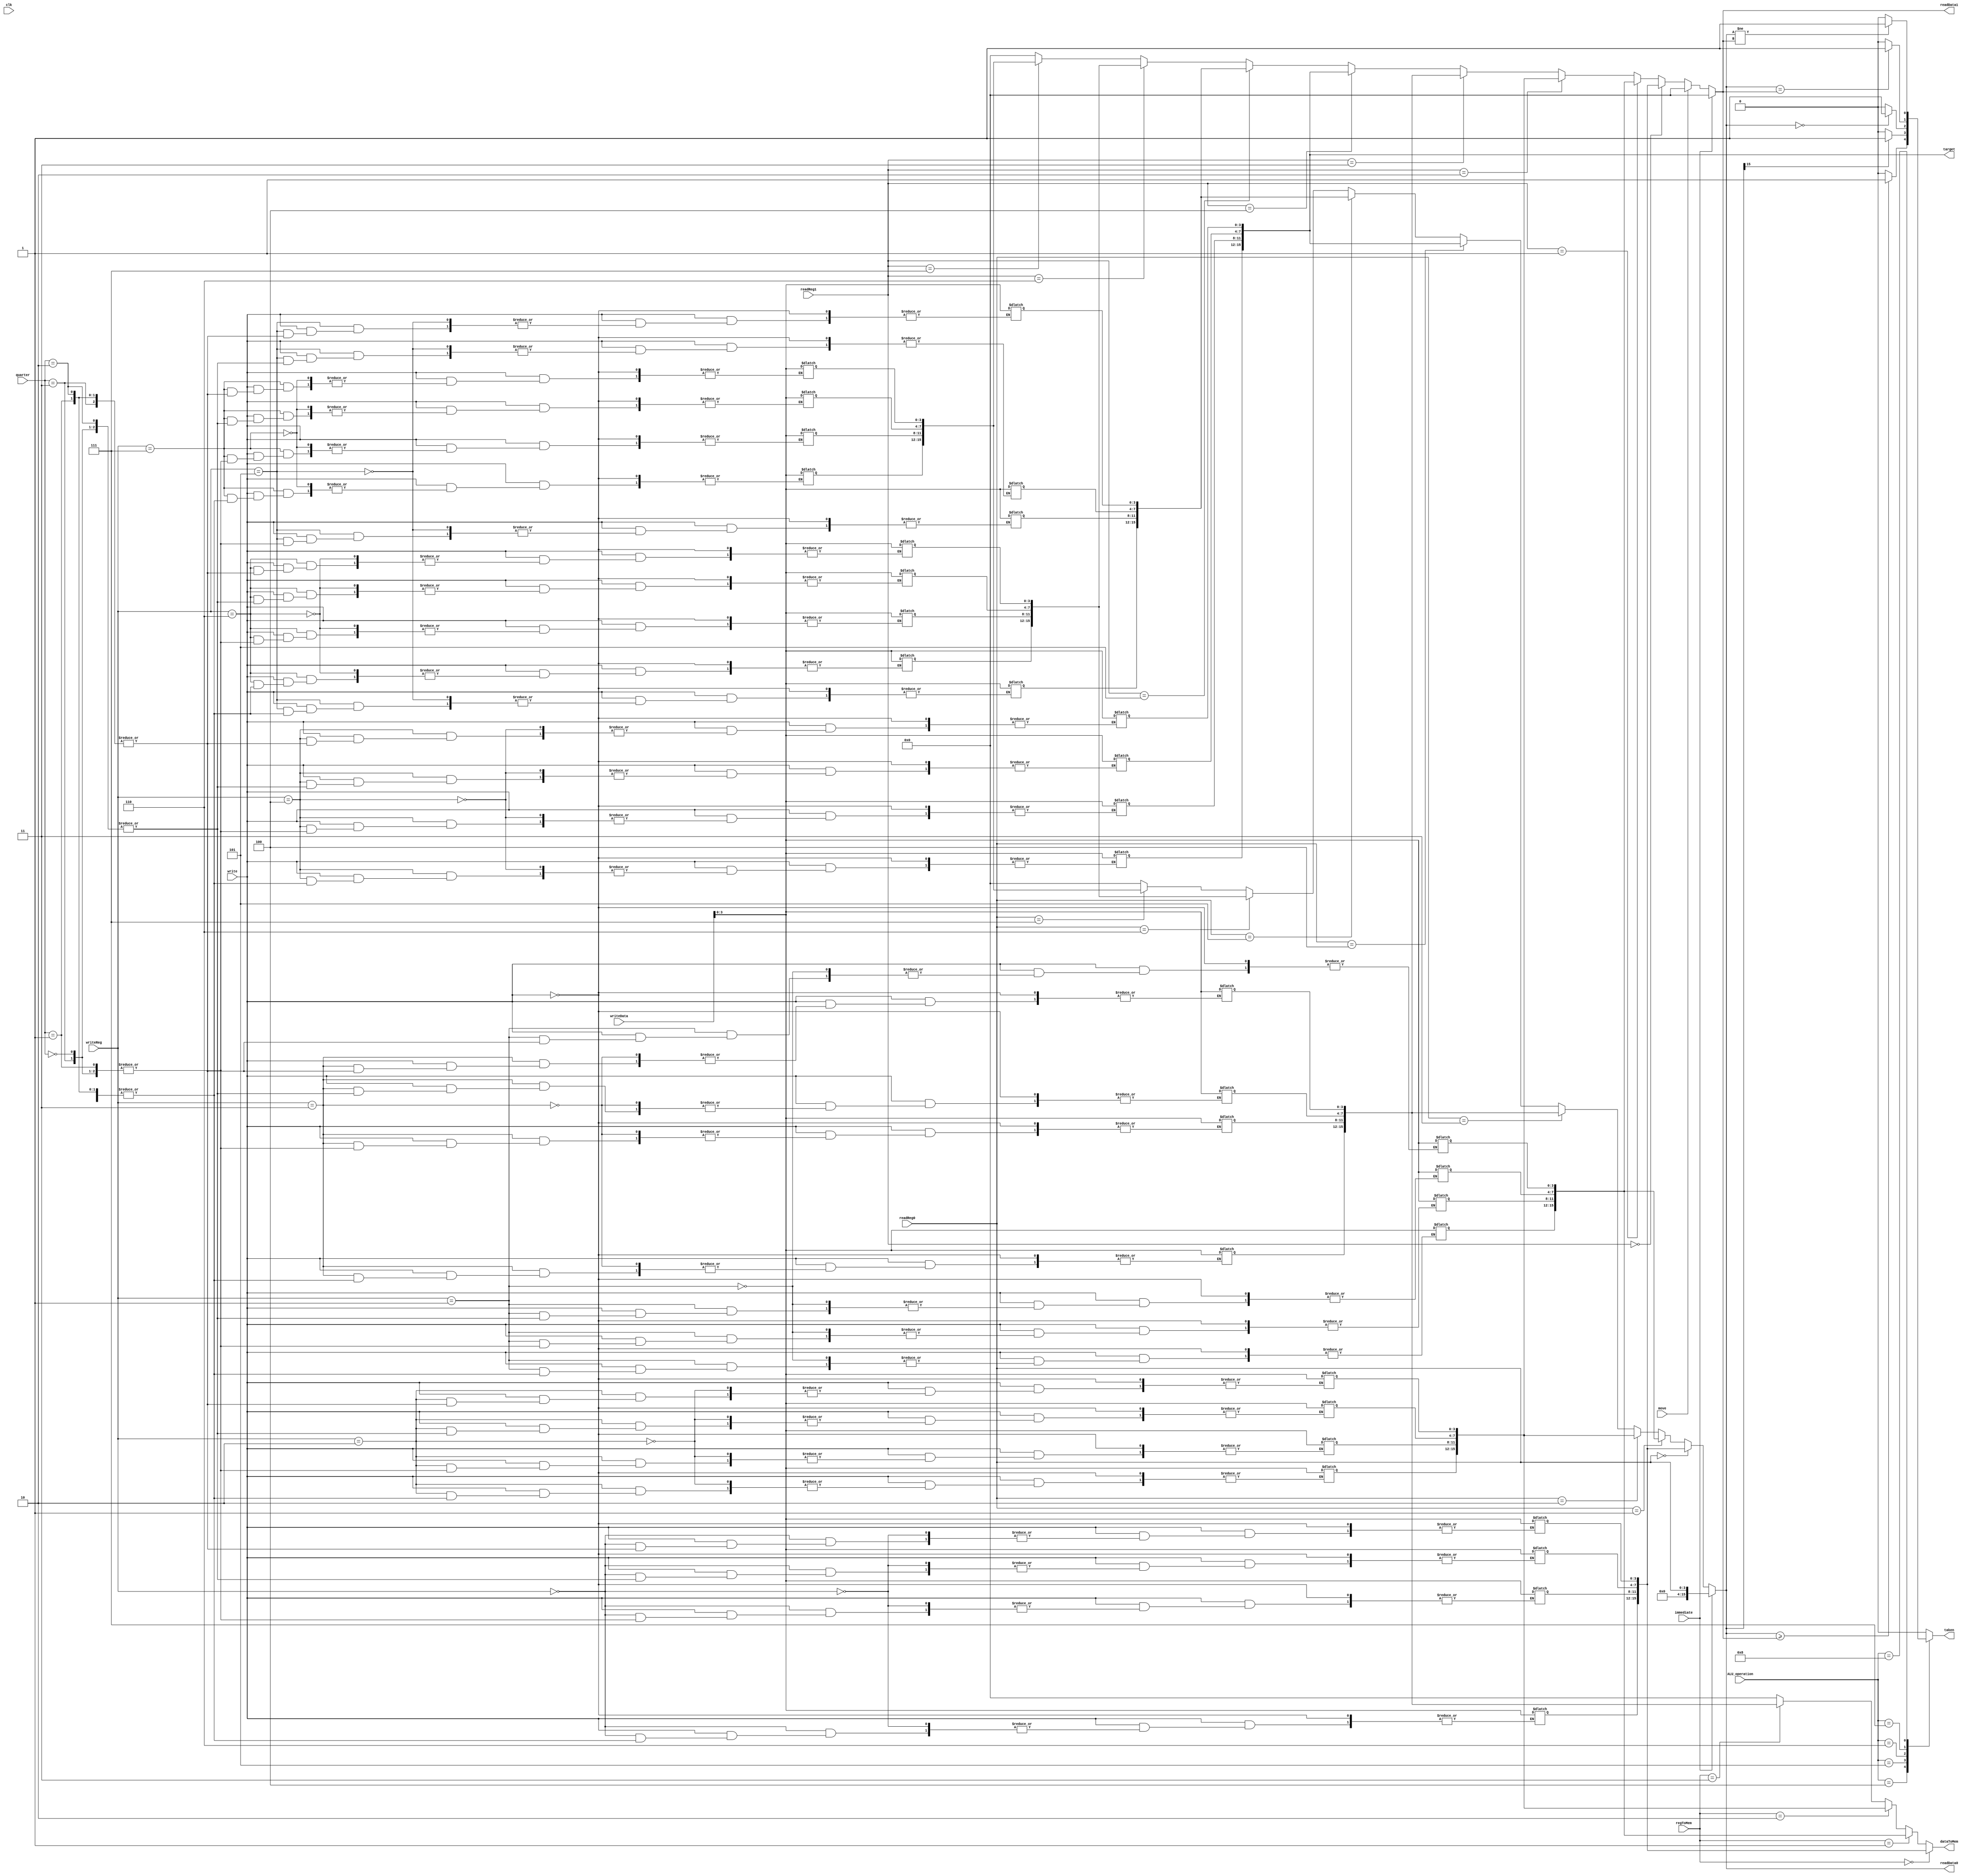
`timescale 1ns / 1ps
module Regfile
(input clk,
 input write,
 input [4:0] writeReg,
 input [15:0] writeData,
 input [3:0] readReg0,
 output [15:0] readData0,
 input [3:0] readReg1,
 output [15:0] readData1,
 input [1:0] regToMem,
 output [15:0] dataToMem,
 input move,
 input immediate,
 output [15:0] target,
 input [1:0] quarter,
 input [3:0]ALU_operation,
 output taken
 );
 
 reg[15:0] reg0=0, reg1=0, reg2=0, reg3=0, adr=0, math=0, cmp=0, cnt=0, _writeData=0, _writeReg=0;
 reg _taken;

 
 
 assign readData0 = immediate == 1 ? readReg0 :
						  readReg0 == 0 ? reg0 :
						  readReg0 == 1 ? reg1 :
						  readReg0 == 2 ? reg2 :
						  readReg0 == 3 ? reg3 :
						  readReg0 == 4 ? adr  :
						  readReg0 == 5 ? math :
						  readReg0 == 6 ? cmp  :
						  readReg0 == 7 ? cnt  : 0;
 
 assign readData1 = immediate== 1 ? 0    :
						  move	  == 1 ? 0    :
						  readReg1 == 0 ? reg0 :
						  readReg1 == 1 ? reg1 :
						  readReg1 == 2 ? reg2 :
						  readReg1 == 3 ? reg3 :
						  readReg1 == 4 ? adr  :
						  readReg1 == 5 ? math :
						  readReg1 == 6 ? cmp  :
						  readReg1 == 7 ? cnt  : 0;	
						  
assign dataToMem =  regToMem == 0 ? reg0 :
						  regToMem == 1 ? reg1 :
						  regToMem == 2 ? reg2 :
						  regToMem == 3 ? reg3 : 0;
						  
assign target   = adr;
assign taken 	  = _taken;

parameter
		gte			= 4,
		ltz			= 5,
		ez				= 6,
		eq				= 7,
		ne				= 8;
		
always @(*) begin
	_writeData = writeData;
	_writeReg = writeReg;
	
	case(ALU_operation)
		
		gte: begin
			if(readData0 >= readData1)
			begin
				_taken <= 1;
			end
			else
			begin
				_taken <= 0;
			end
		end
		ltz: begin
			if(readData0[15] == 1)  //assuming readData0 cannot be large positive values
			begin
				_taken <= 1;
			end
			else
			begin
				_taken <= 0;
			end
		end
		ez: begin
			if(readData0 == 0)
			begin
				_taken <= 1;
			end
			else
			begin
				_taken <= 0;
			end
		end
		eq: begin
			if(readData0 == readData1)
			begin
				_taken <= 1;
			end
			else
			begin
				_taken <= 0;
			end
		end
		ne: begin
			if(readData0 != readData1)
			begin
				_taken <= 1;
			end
			else
			begin
				_taken <= 0;
			end
		end
		default: begin _taken <= 0; end
		
	endcase
	
	
	if (write)
	begin
		
		case (_writeReg)
		
			3'b000: begin
				
				case(quarter)
					0: begin reg0[3:0]	= _writeData[3:0]; end
					1: begin reg0[7:4] 	= _writeData[3:0]; end
					2: begin reg0[11:8] 	= _writeData[3:0]; end
					3: begin reg0[15:12] = _writeData[3:0]; end
					default: begin reg0 			= _writeData; end
				endcase
				
			end
			
			3'b001: begin
				
				case(quarter)
					0: begin reg1[3:0]	= _writeData[3:0]; end
					1: begin reg1[7:4] 	= _writeData[3:0]; end
					2: begin reg1[11:8] 	= _writeData[3:0]; end
					3: begin reg1[15:12] = _writeData[3:0]; end
					default: begin reg1 = _writeData; end
				endcase
				
			end
			
			3'b010: begin
				
				case(quarter)
					0: begin reg2[3:0]	= _writeData[3:0]; end
					1: begin reg2[7:4] 	= _writeData[3:0]; end
					2: begin reg2[11:8] 	= _writeData[3:0]; end
					3: begin reg2[15:12] = _writeData[3:0]; end
					default: begin reg2 = _writeData; end
				endcase
				
			end
			
			3'b011: begin
				
				case(quarter)
					0: begin reg3[3:0]	= _writeData[3:0]; end
					1: begin reg3[7:4] 	= _writeData[3:0]; end
					2: begin reg3[11:8] 	= _writeData[3:0]; end
					3: begin reg3[15:12] = _writeData[3:0]; end
					default: begin reg3 = _writeData; end
				endcase
				
			end
			
			3'b100: begin
				
				case(quarter)
					0: begin adr[3:0]	= _writeData[3:0]; end
					1: begin adr[7:4] 	= _writeData[3:0]; end
					2: begin adr[11:8] 	= _writeData[3:0]; end
					3: begin adr[15:12] = _writeData[3:0]; end
					default: begin adr = _writeData; end
				endcase
				
			end
			
			3'b101: begin
				
				case(quarter)
					0: begin math[3:0]	= _writeData[3:0]; end
					1: begin math[7:4] 	= _writeData[3:0]; end
					2: begin math[11:8] 	= _writeData[3:0]; end
					3: begin math[15:12] = _writeData[3:0]; end
					default: begin math = _writeData; end
				endcase
				
			end
			
			3'b110: begin

				case(quarter)
					0: begin cmp[3:0]	= _writeData[3:0]; end
					1: begin cmp[7:4] 	= _writeData[3:0]; end
					2: begin cmp[11:8] 	= _writeData[3:0]; end
					3: begin cmp[15:12] = _writeData[3:0]; end
					default: begin cmp = _writeData; end
				endcase
			end
			
			3'b111: begin
				
				case(quarter)
					0: begin cnt[3:0]	= _writeData[3:0]; end
					1: begin cnt[7:4] 	= _writeData[3:0]; end
					2: begin cnt[11:8] 	= _writeData[3:0]; end
					3: begin cnt[15:12] = _writeData[3:0]; end
					default: begin cnt = _writeData; end
				endcase
				
			end
			
		endcase
	end
end
endmodule